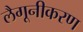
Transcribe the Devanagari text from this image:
लैगूनीकरण